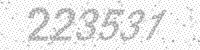
Solution: 223531